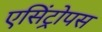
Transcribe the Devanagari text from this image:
एसिंट्रोपस